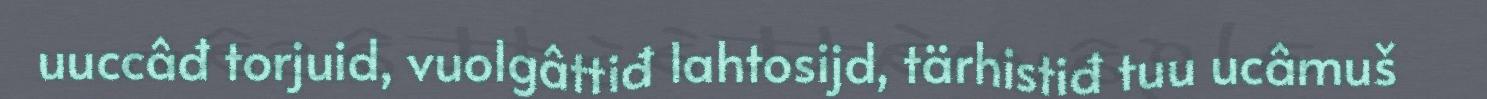
uuccâđ torjuid, vuolgâttiđ lahtosijd, tärhistiđ tuu ucâmuš